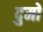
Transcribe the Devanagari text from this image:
दुमों